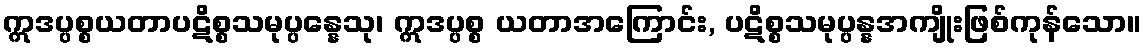
ဣဒပ္ပစ္စယတာပဋိစ္စသမုပ္ပန္နေသု၊ ဣဒပ္ပစ္စ ယတာအကြောင်း, ပဋိစ္စသမုပ္ပန္နအကျိုးဖြစ်ကုန်သော။